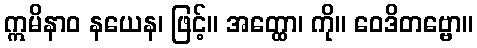
ဣမိနာဝ နယေန၊ ဖြင့်။ အတ္ထော၊ ကို။ ဝေဒိတဗ္ဗော။